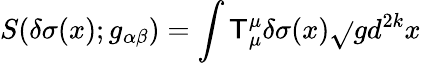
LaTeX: S(\delta\sigma(x);g_{\alpha\beta})=\int\mathsf{T}_{\mu}^{\mu}\delta\sigma(x)\sqrt{}{{g}}d^{2k}x